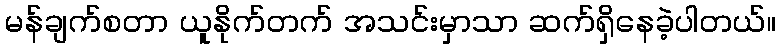
မန်ချက်စတာ ယူနိုက်တက် အသင်းမှာသာ ဆက်ရှိနေခဲ့ပါတယ်။